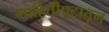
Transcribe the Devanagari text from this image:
माहितीपटातून